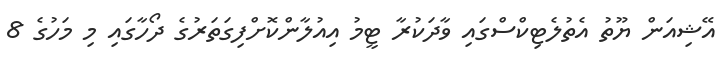
އޭޝިއަން ޔޫތު އެތުލެޓިކްސްގައި ވާދަކުރާ ޓީމު އިއުލާންކޮށްފިގަތަރުގެ ދޯހާގައި މި މަހުގެ 8